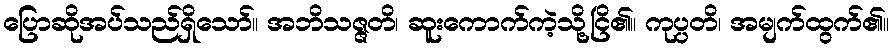
ပြောဆိုအပ်သည်ရှိသော်။ အဘိသဇ္ဇတိ၊ ဆူးကောက်ကဲ့သို့ငြိ၏။ ကုပ္ပတိ၊ အမျက်ထွက်၏။